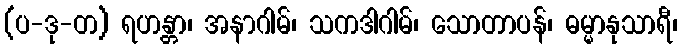
(ပ-ဒု-တ) ရဟန္တာ၊ အနာဂါမ်၊ သကဒါဂါမ်၊ သောတာပန်၊ ဓမ္မာနုသာရီ၊